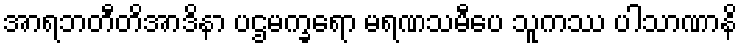
အာရဘတီတိအာဒိနာ ပဌမက္ခရော မရဏသမီပေ သူကဿ ပါသာဏာနိ